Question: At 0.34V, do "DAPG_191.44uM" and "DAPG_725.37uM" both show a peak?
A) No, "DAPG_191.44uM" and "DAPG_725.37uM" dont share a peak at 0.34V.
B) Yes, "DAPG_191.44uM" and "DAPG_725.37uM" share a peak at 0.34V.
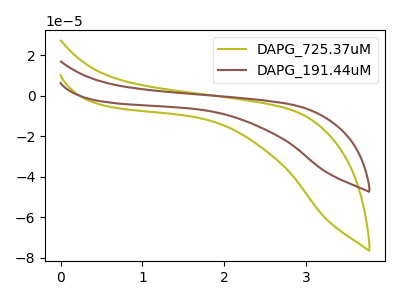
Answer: <think>The olive curve "DAPG_725.37uM" has no peaks. The brown curve "DAPG_191.44uM" has no peaks.</think>
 <answer>A) No, "DAPG_191.44uM" and "DAPG_725.37uM" dont share a peak at 0.34V.</answer>
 <eval>A</eval>